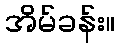
အိမ်ခန်း။